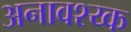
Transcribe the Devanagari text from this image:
अनावश्य्क